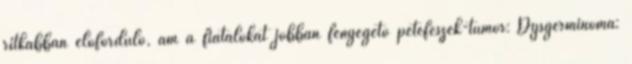
ritkábban előforduló, ám a fiatalokat jobban fenyegető petefészek-tumor: Dysgerminoma: